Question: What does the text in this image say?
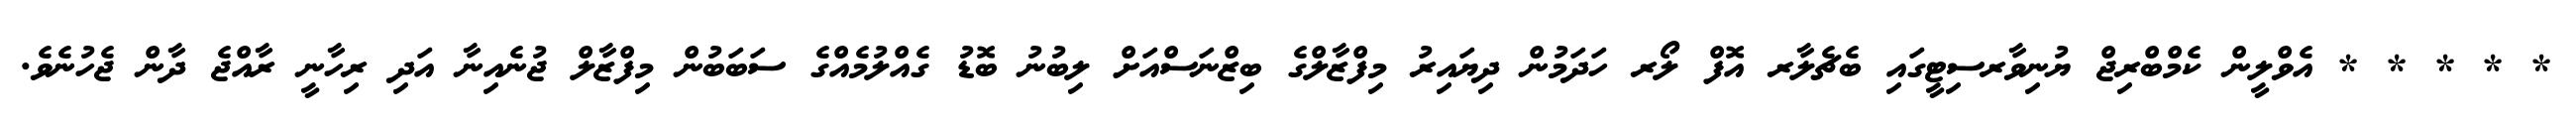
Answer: * * * * * އެވްލީން ކެމްބްރިޖް ޔުނިވާރސިޓީގައި ބެޗެލާރ އޮފް ލޯރ ހަދަމުން ދިޔައިރު މިފްޒާލްގެ ބިޒްނަސްއަށް ލިބުނު ބޮޑު ގެއްލުމެއްގެ ސަބަބުން މިފްޒާލް ޖުނެއިނާ އަދި ރިހާނީ ރާއްޖެ ދާން ޖެހުނެވެ.